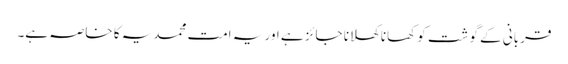
قربانی کے گوشت کو کھانا کھلانا جائز ہے اور یہ امت محمدیہ کا خاصہ ہے۔